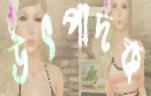
উৎপাদক